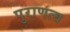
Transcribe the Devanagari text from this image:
पुराणत्व